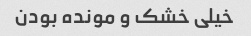
خیلی خشک و مونده بودن